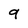
Character: 9